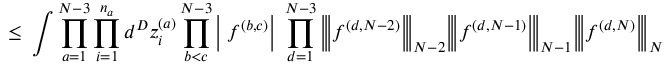
\leq \; \int \prod _ { a = 1 } ^ { N - 3 } \prod _ { i = 1 } ^ { n _ { a } } d ^ { D } z _ { i } ^ { ( a ) } \prod _ { b < c } ^ { N - 3 } \bigg | \; f ^ { ( b , c ) } \bigg | \; \prod _ { d = 1 } ^ { N - 3 } \Big | \! \Big | \! \Big | f ^ { ( d , N - 2 ) } \Big | \! \Big | \! \Big | _ { N - 2 } \Big | \! \Big | \! \Big | f ^ { ( d , N - 1 ) } \Big | \! \Big | \! \Big | _ { N - 1 } \Big | \! \Big | \! \Big | f ^ { ( d , N ) } \Big | \! \Big | \! \Big | _ { N }